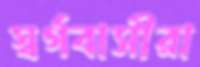
স্বর্গবাসীরা